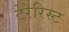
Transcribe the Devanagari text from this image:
टेरेरिस्ट